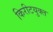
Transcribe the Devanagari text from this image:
किरीटयुक्त